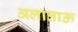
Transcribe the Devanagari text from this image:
अलाताऊ